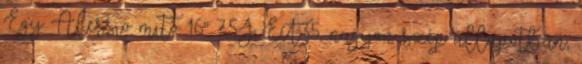
Egy Alessio mito 16" 7,5J ET35, nagyon szép állapotban,